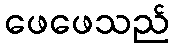
ဖေဖေသည်